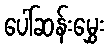
ပေါ်ဆန်းမွှေး